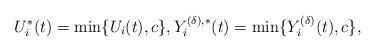
LaTeX: \begin{align*}U_i^* (t)= \min\{U_i (t),c\},Y_i^{ (\delta ), *} (t)= \min\{Y^{(\delta)} _i(t),c\} ,\end{align*}